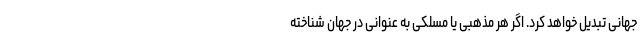
جهانی تبدیل خواهد کرد. اگر هر مذهبی یا مسلکی به عنوانی در جهان شناخته